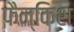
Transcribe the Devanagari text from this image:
फैन्किश